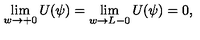
\lim _ { w \to + 0 } U ( \psi ) = \lim _ { w \to L - 0 } U ( \psi ) = 0 ,